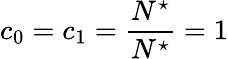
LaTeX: c_{0}=c_{1}=\frac{N^{\star}}{N^{\star}}=1